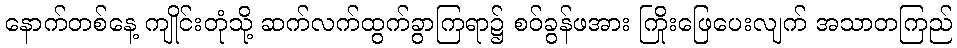
နောက်တစ်နေ့ ကျိုင်းတုံသို့ ဆက်လက်ထွက်ခွာကြရာ၌ စဝ်ခွန်ဖအား ကြိုးဖြေပေးလျက် အသာတကြည်